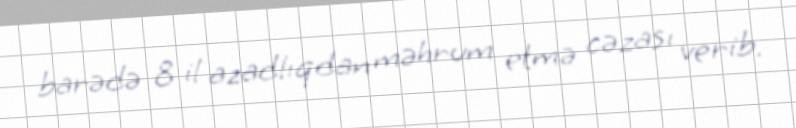
barədə 8 il azadlıqdan məhrum etmə cəzası verib.